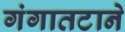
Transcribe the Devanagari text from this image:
गंगातटाने